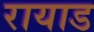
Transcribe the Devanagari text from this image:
रायाड